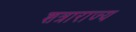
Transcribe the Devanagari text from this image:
शत्राराज्य